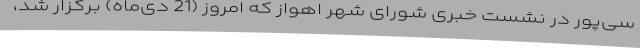
سی‌پور در نشست خبری شورای شهر اهواز که امروز (21 دی‌ماه) برگزار شد،